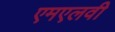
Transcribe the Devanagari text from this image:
एमएलवी